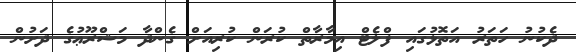
ދެކުނު ހަތަރު އަތޮޅުގައި ފްލެޓް އިމާރާތް ކުރަން ކުރިއަށް ގެންދާ މަޝްރޫޢުގެ ދަށުން